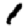
Digit: 1